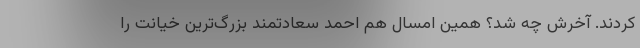
کردند. آخرش چه شد؟ همین امسال هم احمد سعادتمند بزرگ‌ترین خیانت را